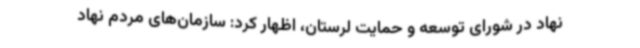
نهاد در شورای توسعه و حمایت لرستان، اظهار کرد: سازمان‌های مردم نهاد